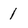
Character: 1